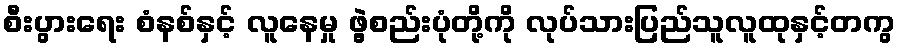
စီးပွားရေး စံနစ်နှင့် လူနေမှု ဖွဲ့စည်းပုံတို့ကို လုပ်သားပြည်သူလူထုနှင့်တကွ